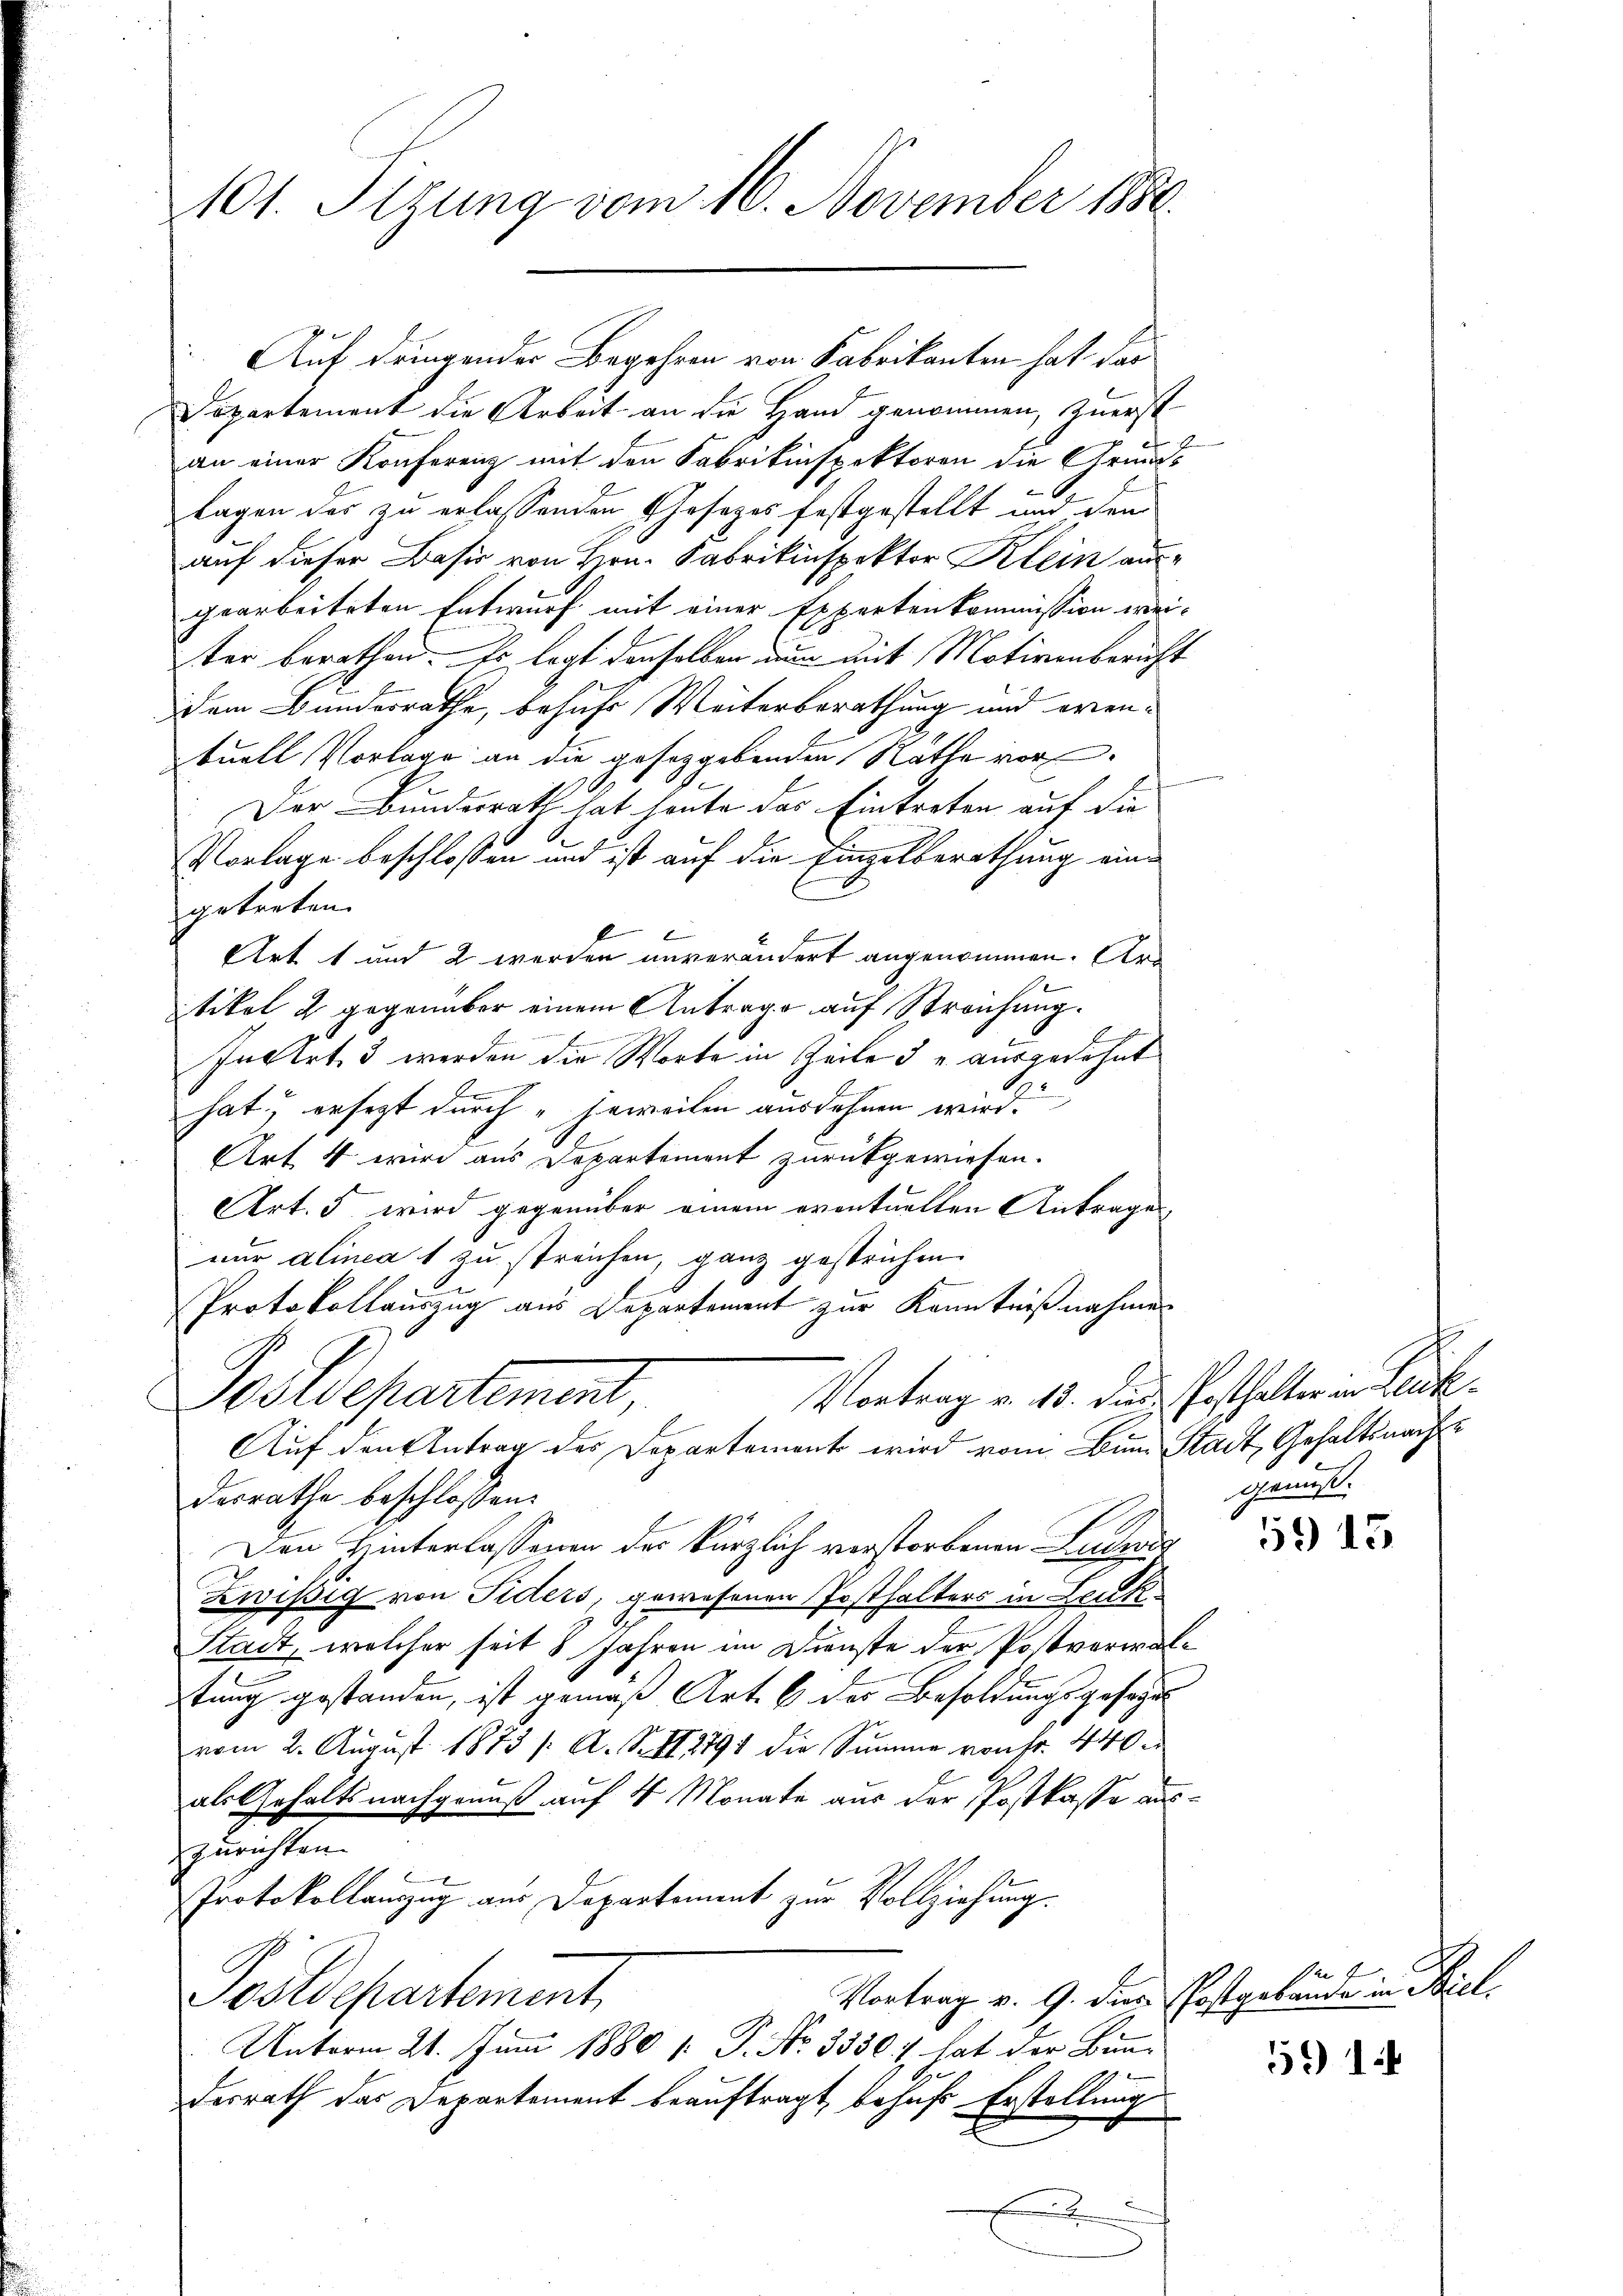
101. Sizung vom 16. November 1880.

Auf dringender Begehren von Fabrikanten hat das
Departement die Arbeit an die Hand genommen, zuerst
an einer Konferenz mit den Fabrikinspektoren die Grunds
lagen des zu erlassenden Gesezes festgestellt und den
auf dieser Basis von Hrn. Fabrikinspektor Klein ausgearbeiteten Entwurf mit einer Expertenkommission wei-
ter berathen. Es legt denselben nun mit Motivenbericht
dem Bundesrathe, besuche Weiterberathung und orien¬
Quell Vorlage an die geseggebenden Rathe vor¬
Der Bundesrath hat heute das Eintreten auf die
Vorlage beschlossen und ist auf die Einzelberathung eingetreten.
Art 1 und 2 werden unverändert angenommen. Ar
tikel 2 gegenüber einem Antrage auf Streichung.
In Art. 3 werden die Worte in Zeile 3 u. ausgedehnt
l
hat; ersezt durch „jeweilen ausdehnen wird.
Art 4 wird aus Departement zurückgewiesen.
Art. 5 wird gegenüber einem eventuellen Antrage
nur alinea 1 zu streichen, ganz gestrichen.
Protokollauszug aus Departement zur Kenntnißnahmen
Vortrag v. 15. der Posthalter in Leich
Postdepartement,
Auf den Antrag des Departement wird vom Bin Stadt, Gehaltsnachte
desrathe beschlossen:
Den Hinterlassenen der kürzlich verstorbenen Lucass
Zwissig von Fiders, gewesenen Posthalters in Leuk
Stadt, welcher seit 8 Jahren im Dienste der Postverwals
ptung gestanden, ist gemäß Art. 6 des Besoldungsgesegn
vom 2. August 1873 /: A. S. 1791 die Summe von fr. 440.
als Gehaltsnachgenuß auf 4 Monate aus der Postkasse auszurichten.
Protokollauszug aus Departement zur Vollziehung.
Vortrag v. 9. dies Postgebäude in Biel¬
Postdepartement,
Unterm 21. Juni 1880 /: P. Nr. 3550: hat der Bun-
desrath der Departement beauftragt, behufs Erstellung
E

gen

gemüt.

159 45

59 1